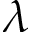
\lambda